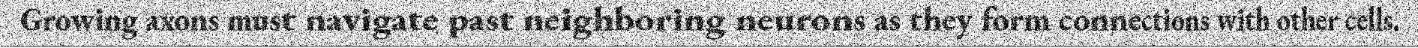
Growing axons must navigate past neighboring neurons as they form connections with other cells.